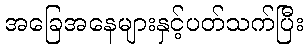
အခြေအနေများနှင့်ပတ်သက်ပြီး